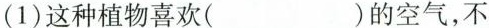
(1)这种植物喜欢( )的空气，不